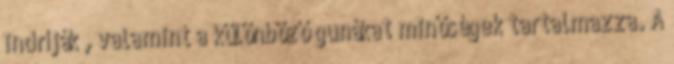
indríják , valamint a különböző gunákat minőségek tartalmazza. A